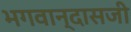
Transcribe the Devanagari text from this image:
भगवान्‌दासजी